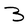
Character: B